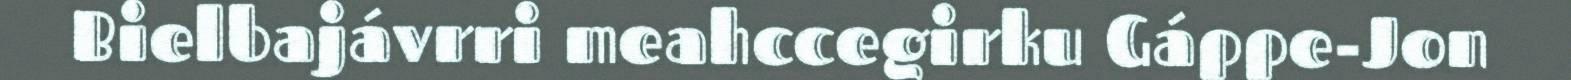
Bielbajávrri meahccegirku Gáppe-Jon